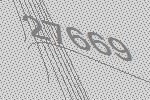
27669